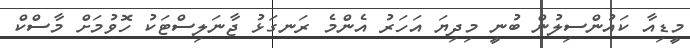
މީޑިއާ ކައުންސިލުން ބުނީ މިދިޔަ އަހަރު އެންމެ ރަނގަޅު ޖާނަލިސްޓަކު ހޮވުމަށް މާސްކް